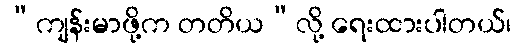
“ကျန်းမာဖို့က တတိယ”လို့ ရေးထားပါတယ်၊